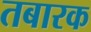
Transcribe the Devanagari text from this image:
तबारक